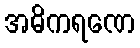
အဓိကရဏေ